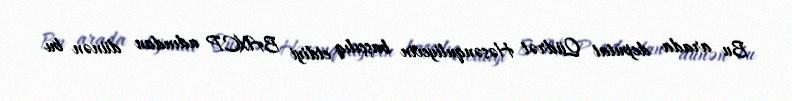
Bu arada deputat Qüdrət Həsənquliyevin başçılıq etdiyi BAXCP adından dünən bu